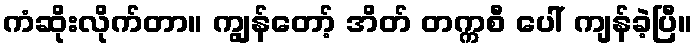
ကံဆိုးလိုက်တာ။ ကျွန်တော့် အိတ် တက္ကစီ ပေါ် ကျန်ခဲ့ပြီ။